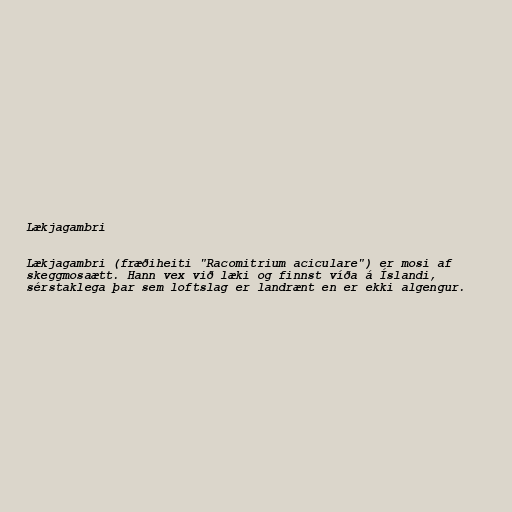
Lækjagambri

Lækjagambri (fræðiheiti "Racomitrium aciculare") er mosi af
skeggmosaætt. Hann vex við læki og finnst víða á Íslandi,
sérstaklega þar sem loftslag er landrænt en er ekki algengur.